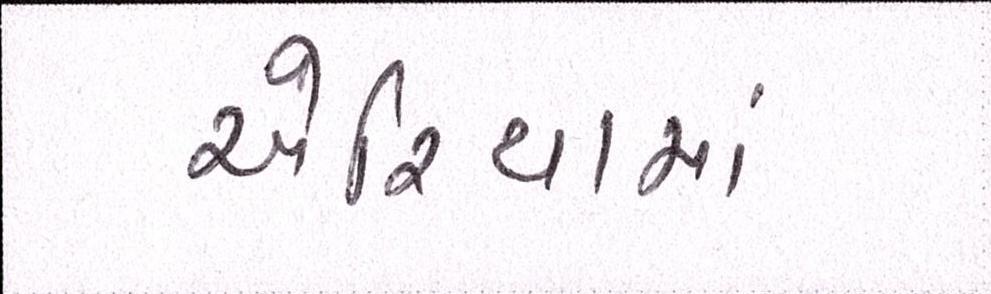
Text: એરિયામાં